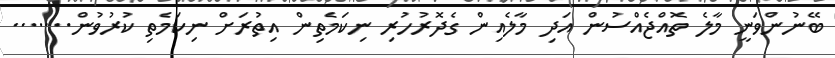
ބޭނުންވަނީ މާލެ ތޮއްޖެއްސުން އަދި މާލެއިން ގެދޮރުހުރި ނިކަމެތިން އިތުރަށް ނިކަމެތި ކުރުވުން.......